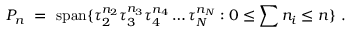
{ \cal P } _ { n } \ = \ \mathrm { s p a n } \{ \tau _ { 2 } ^ { n _ { 2 } } \tau _ { 3 } ^ { n _ { 3 } } \tau _ { 4 } ^ { n _ { 4 } } \ldots \tau _ { N } ^ { n _ { N } } : 0 \leq \sum n _ { i } \leq n \} \ .